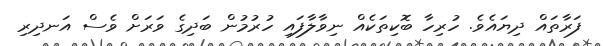
ފަރާތައް ދިޔައެވެ. ހުރިހާ ބޮކިތަކެއް ނިވާލާފައި ހުރުމުން ބަދިގެ ވަރަށް ވެސް އަނދިރި